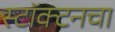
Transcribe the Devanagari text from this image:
स्टॉक्टनचा